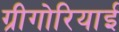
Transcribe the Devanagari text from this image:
ग्रीगोरियाई